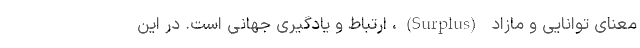
معنای توانایی و مازاد (Surplus)، ارتباط و یادگیری جهانی است. در این